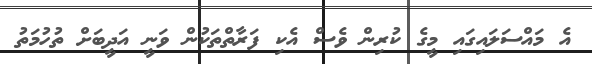
އެ މައްސަލައިގައި މީގެ ކުރިން ވެސް އެކި ފަރާތްތަކުން ވަނީ އަދީބަށް ތުހުމަތު